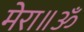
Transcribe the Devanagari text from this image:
मेरा॥ॐ